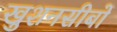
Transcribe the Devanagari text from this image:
खुशनसीबों